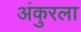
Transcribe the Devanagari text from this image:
अंकुरला